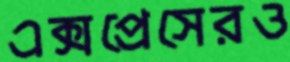
এক্সপ্রেসেরও